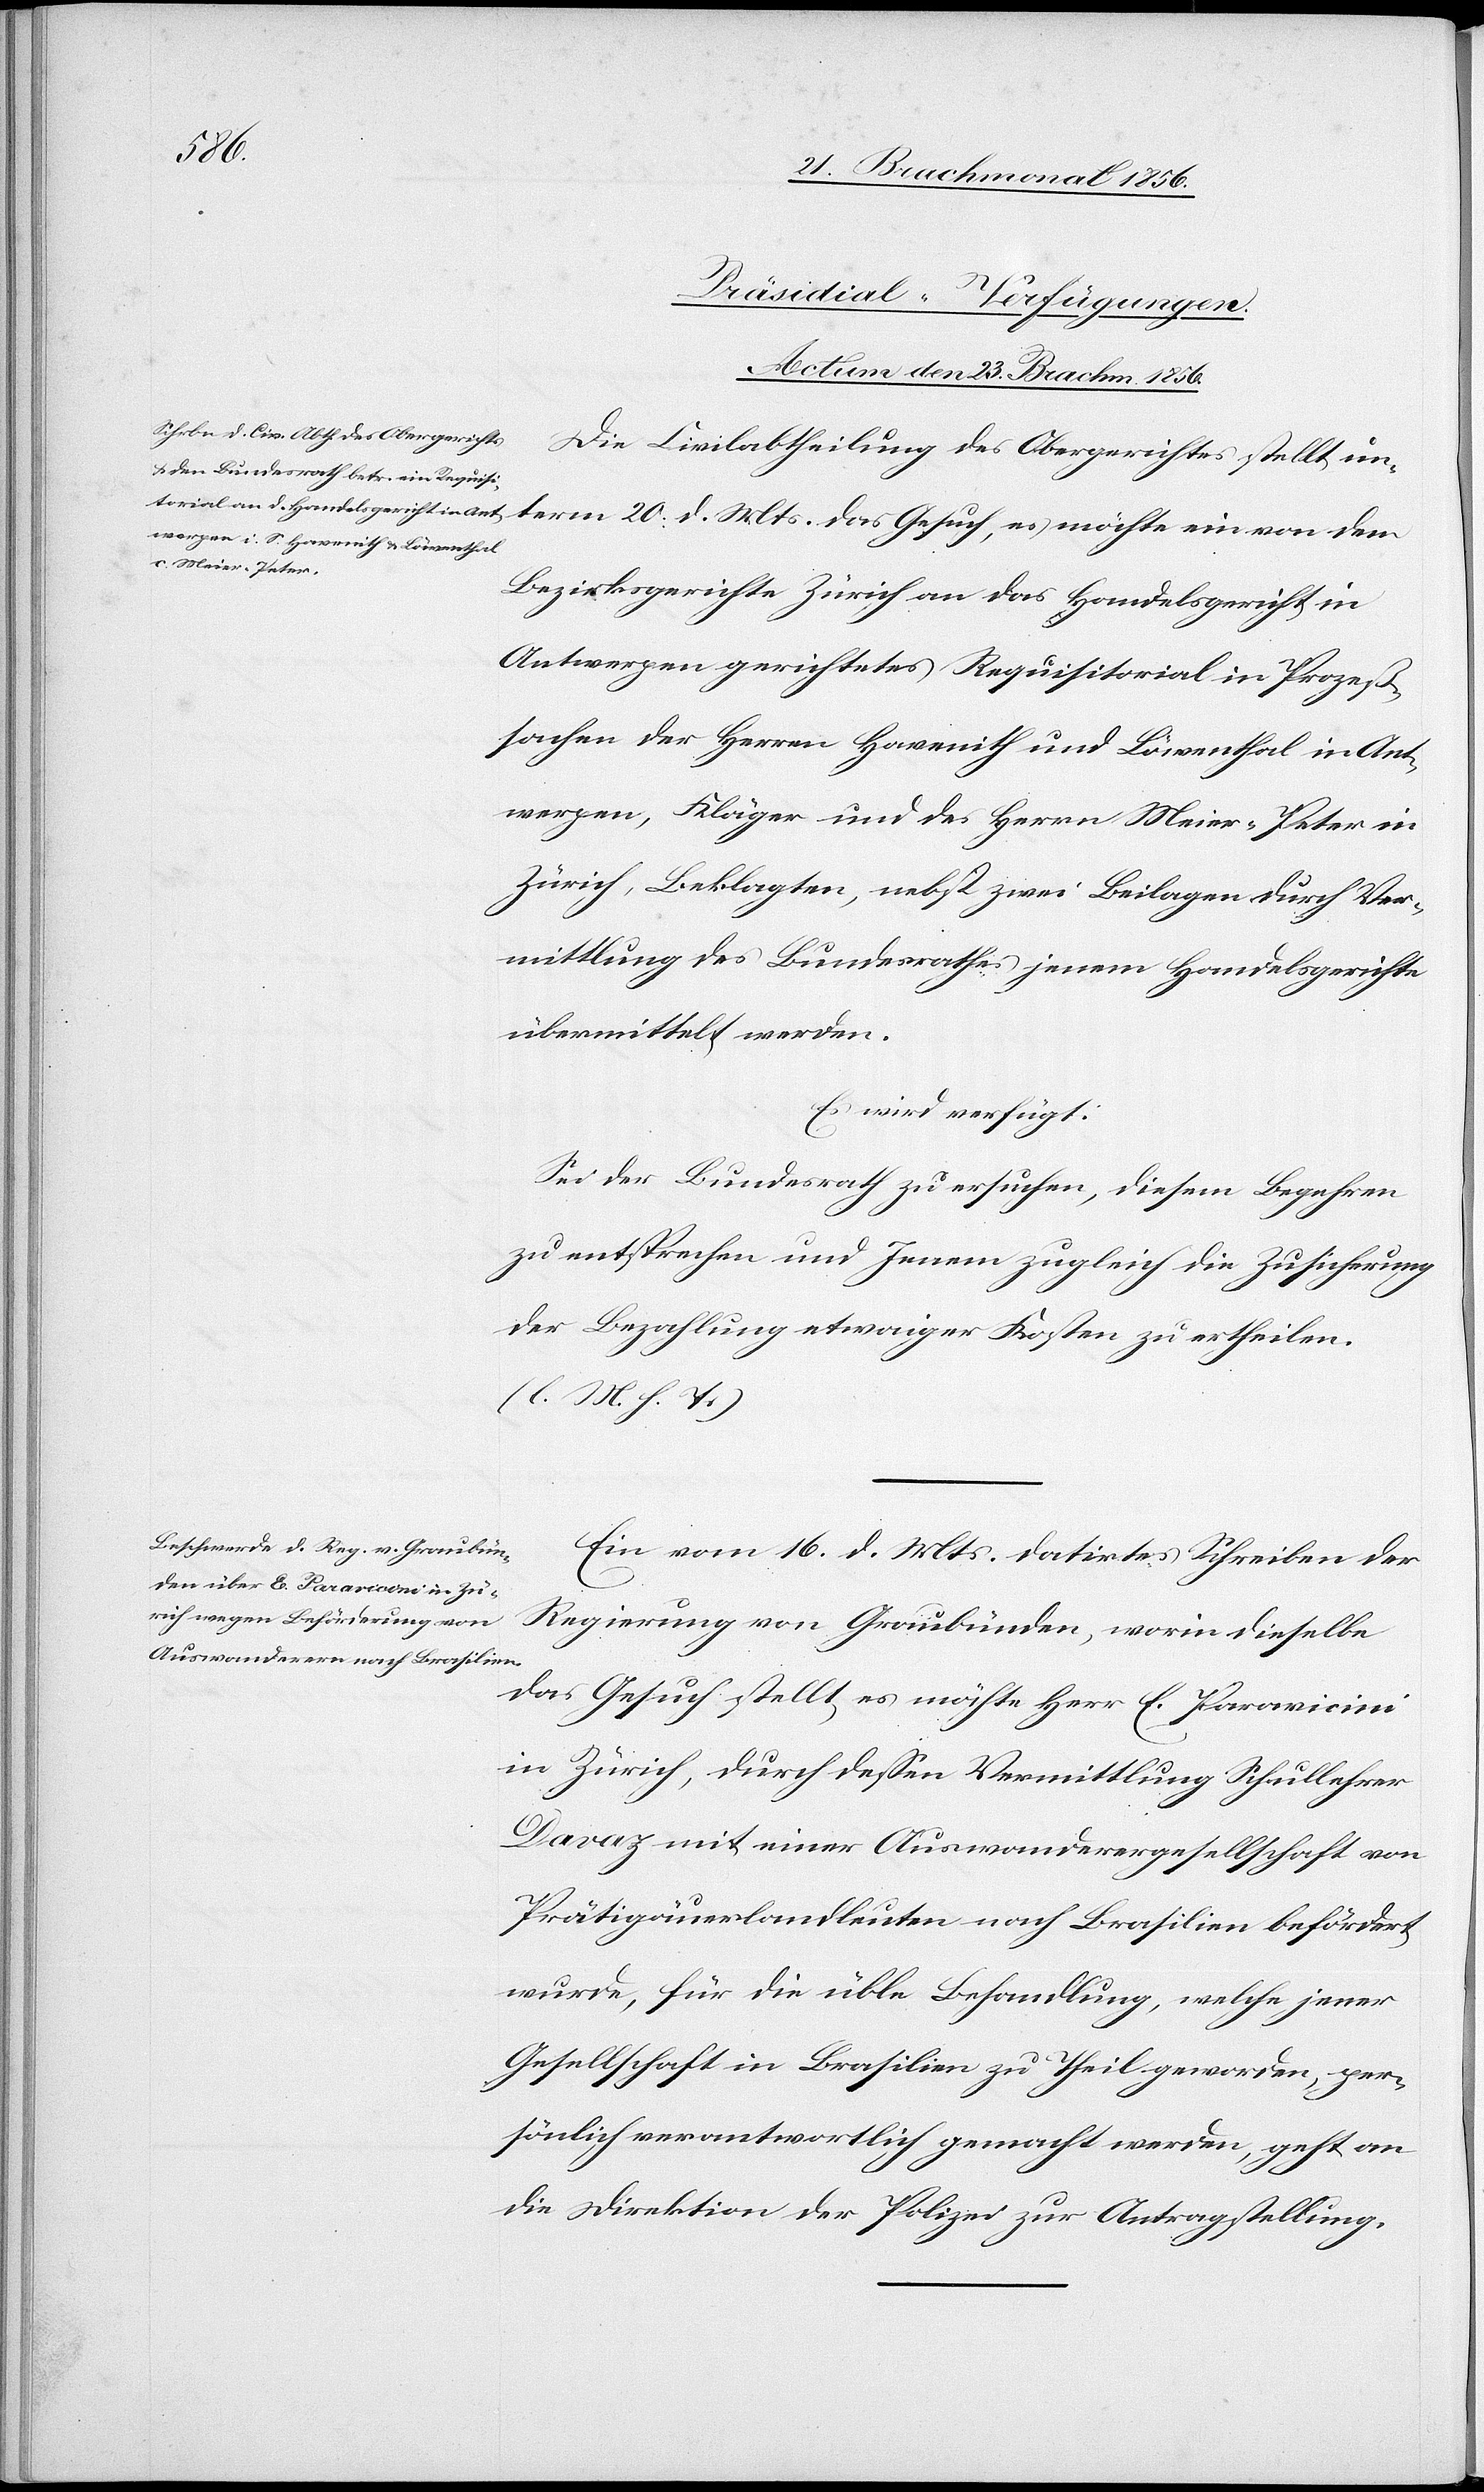
d. Mts.
[Präsidial-Verfügungen.
Actum den 23. Brachm. 1856.]
Die Civilabtheilung des Obergerichtes stellt un¬
von dem
Bezirksgerichte Zürich an das Handelsgericht in
Antwerpen gerichtetes Requisitorial in Prozeß¬
sachen der Herren Havenith und Löwenthal in Ant¬
werpen, Kläger und des Herrn Meier-Peter in
Zürich, Beklagter, nebst zwei Beilagen durch Ver¬
mittlung des Bundesrathes jenem Handelsgerichte
übermittelt werden.
Es wird verfügt:
Sei der Bundesrath zu ersuchen, diesem Begehren
zu entsprechen und Jenem zugleich die Zusicherung
der Bezahlung etwaiger Kosten zu ertheilen.
(l. M. h. T.)
Ein vom 16. d. Mts. datirtes Schreiben der
Regierung von Graubünden, worin dieselbe
das Gesuch stellt, es möchte Herr E. Paravicini
in Zürich, durch dessen Vermittlung Schullehrer
Davaz mit einer Auswanderergesellschaft von
Prätigäuerlandleuten nach Brasilien befördert
wurde, für die üble Behandlung, welche jener
Gesellschaft in Brasilien zu Theil geworden, per¬
sönlich verantwortlich gemacht werden, geht an
die Direktion der Polizei zur Antragstellung.